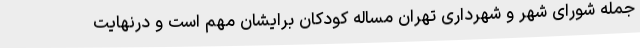
جمله شورای شهر و شهرداری تهران مساله کودکان برایشان مهم است و درنهایت